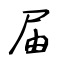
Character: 届